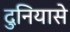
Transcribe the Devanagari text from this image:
दुनियासे